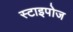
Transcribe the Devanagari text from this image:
स्टाइपोज